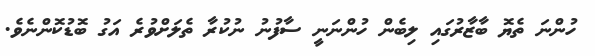
ހުންނަ ތެޔޮ ބާޒާރުގައި ލިބެން ހުންނަނީ ސާފުނު ނުކުރާ ތެލަށްވުރެ އަގު ބޮޑުކޮންނެވެ.